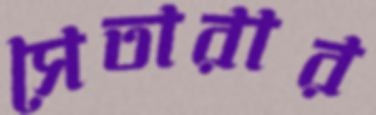
সেতারার